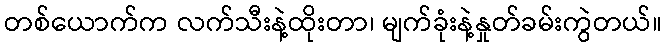
တစ်ယောက်က လက်သီးနဲ့ထိုးတာ၊ မျက်ခုံးနဲ့နှုတ်ခမ်းကွဲတယ်။